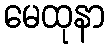
မေထုနာ